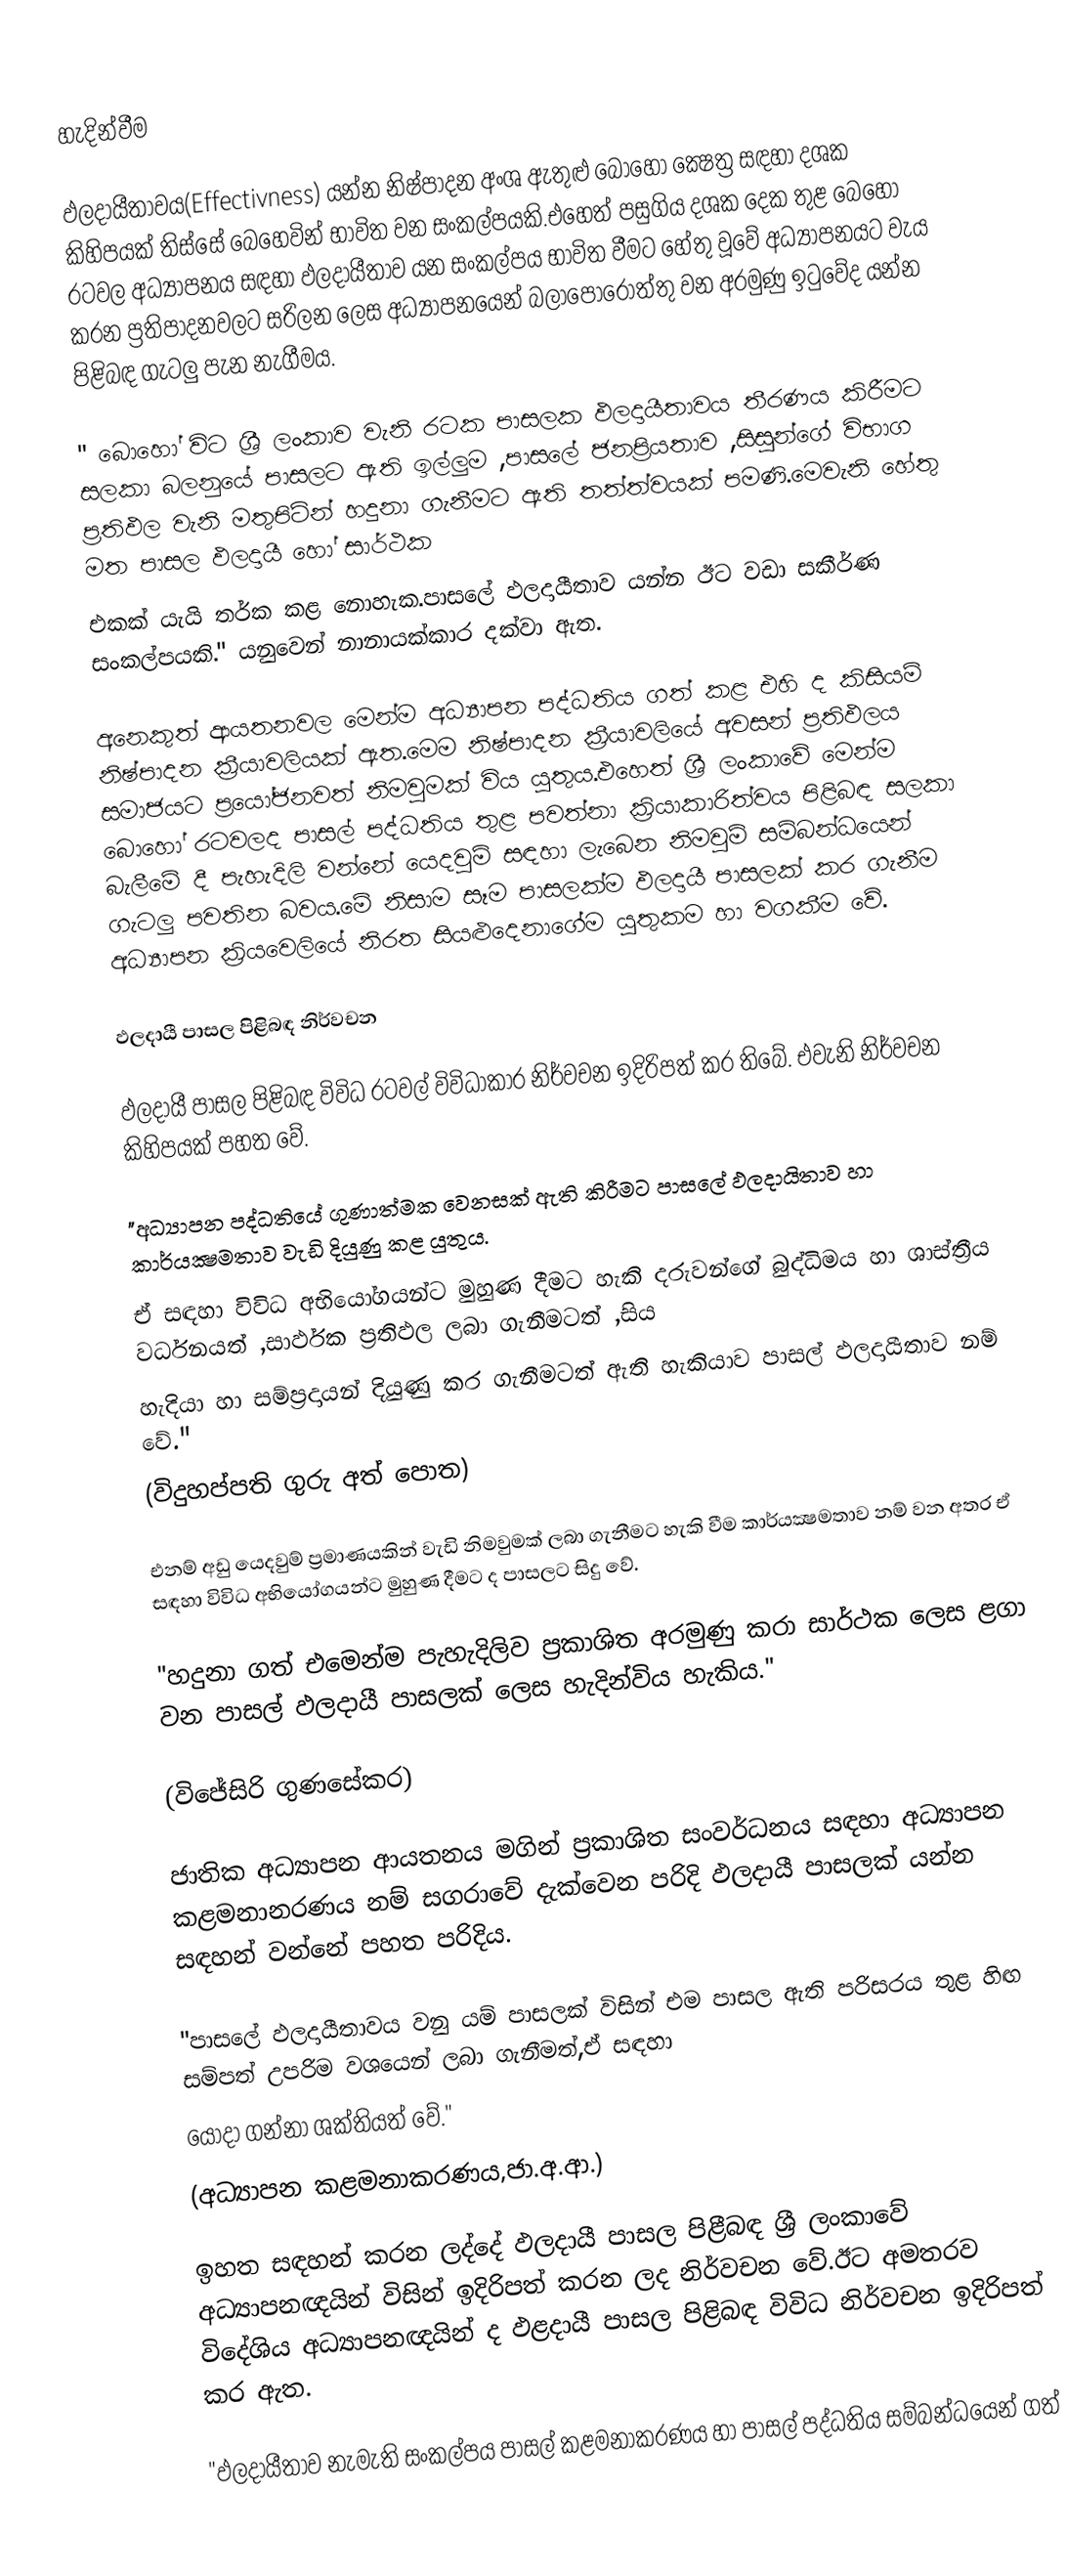

හැදින්වීම

ඵලදායීතාවය(Effectivness) යන්න  නිෂ්පාදන අංශ ඇතුළු ‍‍බොහෝ ක්‍ෂෙත්‍ර ස‍‍ඳහා දශක කිහිපයක් තිස්සේ බෙහෙවින් භාවිත වන සංකල්පයකි.එහෙත් පසුගිය දශක දෙක තුළ බෙහෝ රටවල අධ්‍යාපනය සඳහා ඵලදායීතාව යන සංකල්පය භාවිත වීමට හේතු වූවේ අධ්‍යාපනයට වැය කරන ප්‍රතිපාදනවලට සරිලන ලෙස අධ්‍යාපන‍යෙන් බලා‍පොරොත්තු වන අරමුණු ඉටුවේද යන්න පිළිබඳ ගැටලු පැන නැගීමය.

	" බොහෝ විට ශ්‍රී ලංකාව වැනි රටක පාසලක ඵලදායීතාවය තීරණය කිරීමට සලකා බලනුයේ පාසලට ඇති ඉල්ලුම ,පාසලේ      ජනප්‍රියතාව ,සිසුන්ගේ විභාග ප්‍රතිඵල වැනි මතුපිටින් හදුනා ගැනීමට ඇති තත්ත්වයක් පමණි.මෙවැනි හේතු මත පාසල ඵලදායී හෝ සාර්ථක
එකක් යැයි තර්ක කළ නොහැක.පාසලේ ඵලදායීතාව යන්න ඊට වඩා සකීර්ණ සංකල්පයකි." යනුවෙන් නානායක්කාර දක්වා ඇත.

අනෙකුත් ආයතනවල මෙන්ම අධ්‍යාපන පද්ධතිය ගත් කළ එහි ද කිසියම් නිෂ්පාදන ක්‍රීයාවලියක් ඇත.මෙම නිෂ්පාදන ක්‍රීයාවලියේ අවසන් ප්‍රතිඵලය සමාජයට ප්‍රයෝජනවත් නිමවුමක් විය යුතුය.එහෙත් ශ්‍රී ලංකාවේ මෙන්ම බොහෝ රටවලද පාසල් පද්ධතිය තුළ පවත්නා ක්‍රියාකාරිත්වය පිළිබඳ සලකා බැලීමේ දී පැහැදිලි වන්නේ යෙදවුම් සඳහා ලැබෙන නිමවුම් සම්බන්ධයෙන් ගැටලු පවතින බවය.මේ නිසාම සෑම පාසලක්ම ඵලදායී පාසලක් කර ගැනීම අධ්‍යාපන ක්‍රියවෙලියේ නිරත සියළුදෙනාගේම යුතුකම හා වගකීම වේ.

ඵලදායී පාසල පිළිබඳ නිර්වචන

ඵලදායී පාසල පිළිබඳ විවිධ රටවල් විවිධාකාර නිර්වචන ඉදිරිපත් කර තිබේ. එවැනි නිර්වචන කිහිපයක් පහත වේ.

	"අධ්‍යාපන පද්ධතියේ ගුණාත්මක වෙනසක් ඇති කිරීමට පාසලේ ඵලදායිතාව හා කාර්යක්‍ෂමතාව වැඩි දියුණු කළ යුතුය.
ඒ සඳහා විවිධ අභියෝගයන්ට මුහුණ දීමට හැකි දරුවන්ගේ බුද්ධිමය හා ශාස්ත්‍රීය වර්ධනයත් ,සාර්ඵක ප්‍රතිඵල ලබා ගැනීමටත් ,සිය
හැදියා හා සම්ප්‍රදායන් දියුණු කර ගැනීමටත් ඇති හැකියාව පාසල් ඵලදායීතාව නම් වේ."
(විදුහප්පති ගුරු අත් පොත)

එනම් අඩු යෙදවුම් ප්‍රමාණයකින් වැඩි නිමවුමක් ලබා ගැනීමට හැකි වීම කාර්යක්‍ෂමතාව නම් වන අතර ඒ සඳහා විවිධ අභියෝගයන්ට මුහුණ දීමට ද පාසලට සිදු වේ.

	"හදුනා ගත් එමෙන්ම පැහැදිලිව ප්‍රකාශිත අරමුණු කරා සාර්ථක ලෙස ළගා වන පාසල් ඵලදායී පාසලක් ලෙස හැදින්විය හැකිය."

(විජේසිරි ගුණසේකර)

ජාතික අධ්‍යාපන ආයතනය මගින් ප්‍රකාශිත සංවර්ධනය සඳහා අධ්‍යාපන කළමනානරණය නම් සගරාවේ දැක්වෙන පරිදි ඵලදායී පාසලක් යන්න සඳහන් වන්නේ පහත පරිදිය.

	"පාසලේ ඵලදායීතාවය වනු යම් පාසලක් විසින් එම පාසල ඇති පරිසරය තුළ හිඟ සම්පත් උපරිම වශයෙන් ලබා ගැනීමත්,ඒ සඳහා ‍
යොදා ගන්නා ශක්තියත් වේ."
(අධ්‍යාපන කළමනාකරණය,ජා.අ.ආ.)

ඉහත සඳහන් කරන ලද්දේ ඵලදායී පාසල පිළීබඳ ශ්‍රී ලංකාවේ අධ්‍යාපනඥයින්  විසින් ඉදිරිපත් කරන ලද නිර්වචන වේ.ඊට අමතරව විදේශිය අධ්‍යාපනඥයින්   ද ඵළදායී පාසල පිළිබඳ විවිධ නිර්වචන ඉදිරිපත් කර ඇත.

	"ඵලදායීතාව නැමැති සංකල්පය පාසල් කළමනාකරණය හා පාසල් පද්ධතිය සම්බන්ධයෙන් ගත්